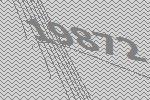
19872